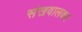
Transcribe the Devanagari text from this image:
संखवालकर